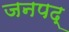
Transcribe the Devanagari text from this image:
जनपद्